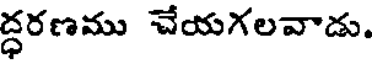
ద్ధరణము చేయగలవాడు.